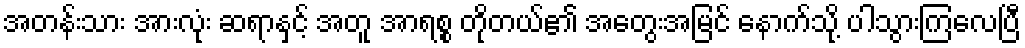
အတန်းသား အားလုံး ဆရာနှင့် အတူ အာရစ္စ တိုတယ်၏ အတွေးအမြင် နောက်သို့ ပါသွားကြလေပြီ